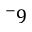
^ - 9